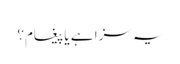
یہ سزا ہے یا پیغام؟